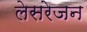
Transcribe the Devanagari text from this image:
लेसरेजन